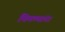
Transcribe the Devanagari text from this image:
चिमण्यांना